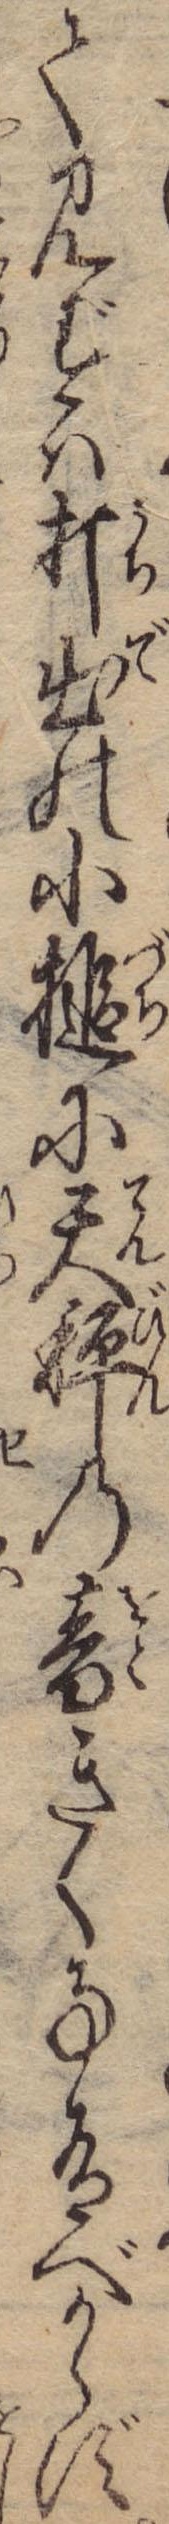
て見ずは打出の小槌に天秤の音きく事有べからず